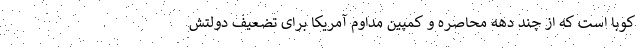
کوبا است که از چند دهه محاصره و کمپین مداوم آمریکا برای تضعیف دولتش